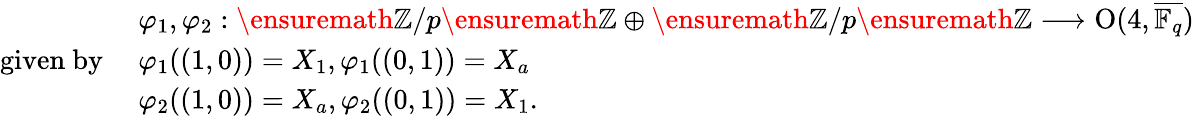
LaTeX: \begin{array}{rl}&{\varphi_{1},\varphi_{2}:\ensuremath{\mathbb{Z}}/p\ensuremath{\mathbb{Z}}\oplus\ensuremath{\mathbb{Z}}/p\ensuremath{\mathbb{Z}}\longrightarrow\textup{O}(4,\overline{{\mathbb{F}_{q}}})}\\ {\mathrm{given~by~}}&{\varphi_{1}((1,0))=X_{1},\varphi_{1}((0,1))=X_{a}}\\ &{\varphi_{2}((1,0))=X_{a},\varphi_{2}((0,1))=X_{1}.}\end{array}